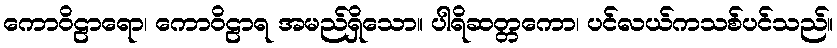
ကောဝိဠာရော၊ ကောဝိဠာရ အမည်ရှိသော။ ပါရိဆတ္တကော၊ ပင်လယ်ကသစ်ပင်သည်။